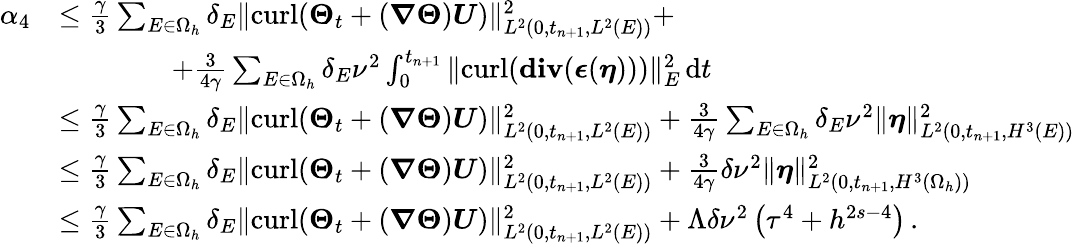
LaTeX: \begin{array}{rl}{\alpha_{4}}&{\leq\frac{\gamma}{3}\sum_{E\in\Omega_{h}}\delta_{E}\| {\mathrm{curl}}(\boldsymbol{\Theta}_{t}+(\boldsymbol{\nabla}\boldsymbol{\Theta})\boldsymbol{U})\| _{L^{2}(0,t_{n+1},L^{2}(E))}^{2}+}\\ &{\qquad\qquad+\frac{3}{4\gamma}\sum_{E\in\Omega_{h}}\delta_{E}\nu^{2}\int_{0}^{t_{n+1}}\| {\mathrm{curl}}(\mathbf{{div}}(\boldsymbol{\epsilon}(\boldsymbol{\eta})))\| _{E}^{2}\, \mathrm{d}t}\\ &{\leq\frac{\gamma}{3}\sum_{E\in\Omega_{h}}\delta_{E}\| {\mathrm{curl}}(\boldsymbol{\Theta}_{t}+(\boldsymbol{\nabla}\boldsymbol{\Theta})\boldsymbol{U})\| _{L^{2}(0,t_{n+1},L^{2}(E))}^{2}+\frac{3}{4\gamma}\sum_{E\in\Omega_{h}}\delta_{E}\nu^{2}\| \boldsymbol{\eta}\| _{L^{2}(0,t_{n+1},H^{3}(E))}^{2}}\\ &{\leq\frac{\gamma}{3}\sum_{E\in\Omega_{h}}\delta_{E}\| {\mathrm{curl}}(\boldsymbol{\Theta}_{t}+(\boldsymbol{\nabla}\boldsymbol{\Theta})\boldsymbol{U})\| _{L^{2}(0,t_{n+1},L^{2}(E))}^{2}+\frac{3}{4\gamma}\delta\nu^{2}\| \boldsymbol{\eta}\| _{L^{2}(0,t_{n+1},H^{3}(\Omega_{h}))}^{2}}\\ &{\leq\frac{\gamma}{3}\sum_{E\in\Omega_{h}}\delta_{E}\| {\mathrm{curl}}(\boldsymbol{\Theta}_{t}+(\boldsymbol{\nabla}\boldsymbol{\Theta})\boldsymbol{U})\| _{L^{2}(0,t_{n+1},L^{2}(E))}^{2}+\Lambda\delta\nu^{2}\left(\tau^{4}+h^{2s-4}\right)\, .}\end{array}